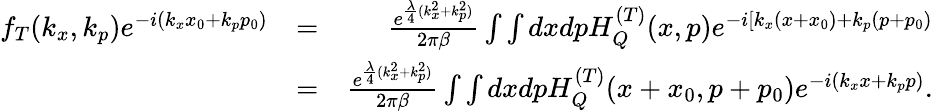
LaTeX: \begin{array}{rlr}{f_{T}(k_{x},k_{p})e^{-i(k_{x}x_{0}+k_{p}p_{0})}}&{=}&{\frac{e^{\frac{\lambda}{4}(k_{x}^{2}+k_{p}^{2})}}{2\pi\beta}\int\int dxdpH_{Q}^{(T)}(x,p)e^{-i[k_{x}(x+x_{0})+k_{p}(p+p_{0})}}\\ &{=}&{\frac{e^{\frac{\lambda}{4}(k_{x}^{2}+k_{p}^{2})}}{2\pi\beta}\int\int dxdpH_{Q}^{(T)}(x+x_{0},p+p_{0})e^{-i(k_{x}x+k_{p}p)}.}\end{array}